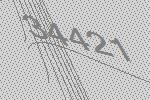
34421